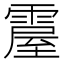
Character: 𩄌